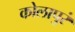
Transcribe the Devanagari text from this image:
कोलापुरं